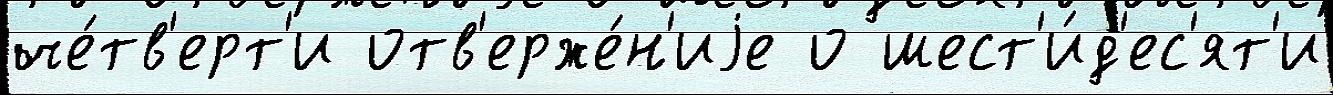
че́тв'ерт'и отв'ерже́н'иjе о шест'и́д'ес'ят'и